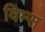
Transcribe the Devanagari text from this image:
विम्स